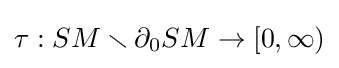
\tau :SM\smallsetminus \partial _{0}SM\rightarrow [0,\infty )